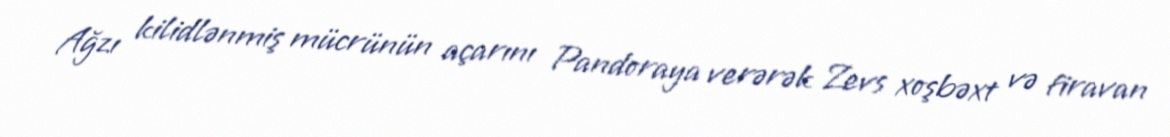
Ağzı kilidlənmiş mücrünün açarını Pandoraya verərək Zevs xoşbəxt və firavan